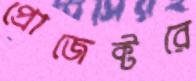
প্রোজেক্টরে